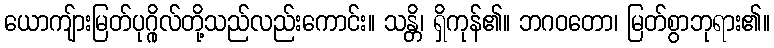
ယောကျ်ားမြတ်ပုဂ္ဂိုလ်တို့သည်လည်းကောင်း။ သန္တိ၊ ရှိကုန်၏။ ဘဂဝတော၊ မြတ်စွာဘုရား၏။